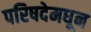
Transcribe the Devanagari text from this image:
परिषदेमधून